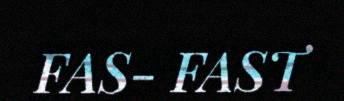
FAS- FAST